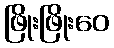
ဖြိုးဖြိုးဝေ